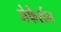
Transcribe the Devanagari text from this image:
जेफेर्सन